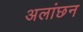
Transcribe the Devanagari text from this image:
अलांछन